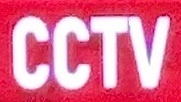
CCTV